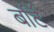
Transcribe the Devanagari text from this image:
बर्टि